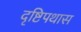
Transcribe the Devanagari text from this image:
दृष्टिपथास